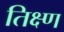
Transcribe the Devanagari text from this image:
तिक्ष्ण